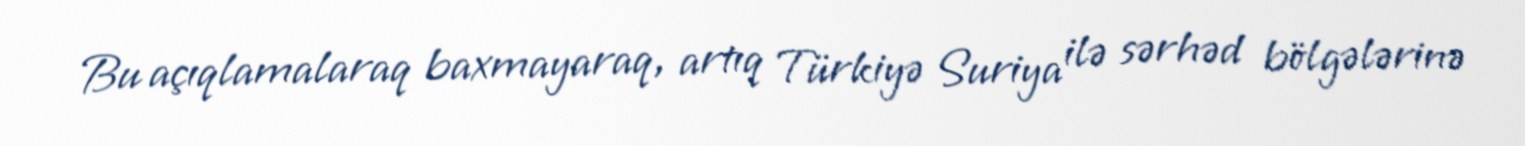
Bu açıqlamalaraq baxmayaraq, artıq Türkiyə Suriya ilə sərhəd bölgələrinə